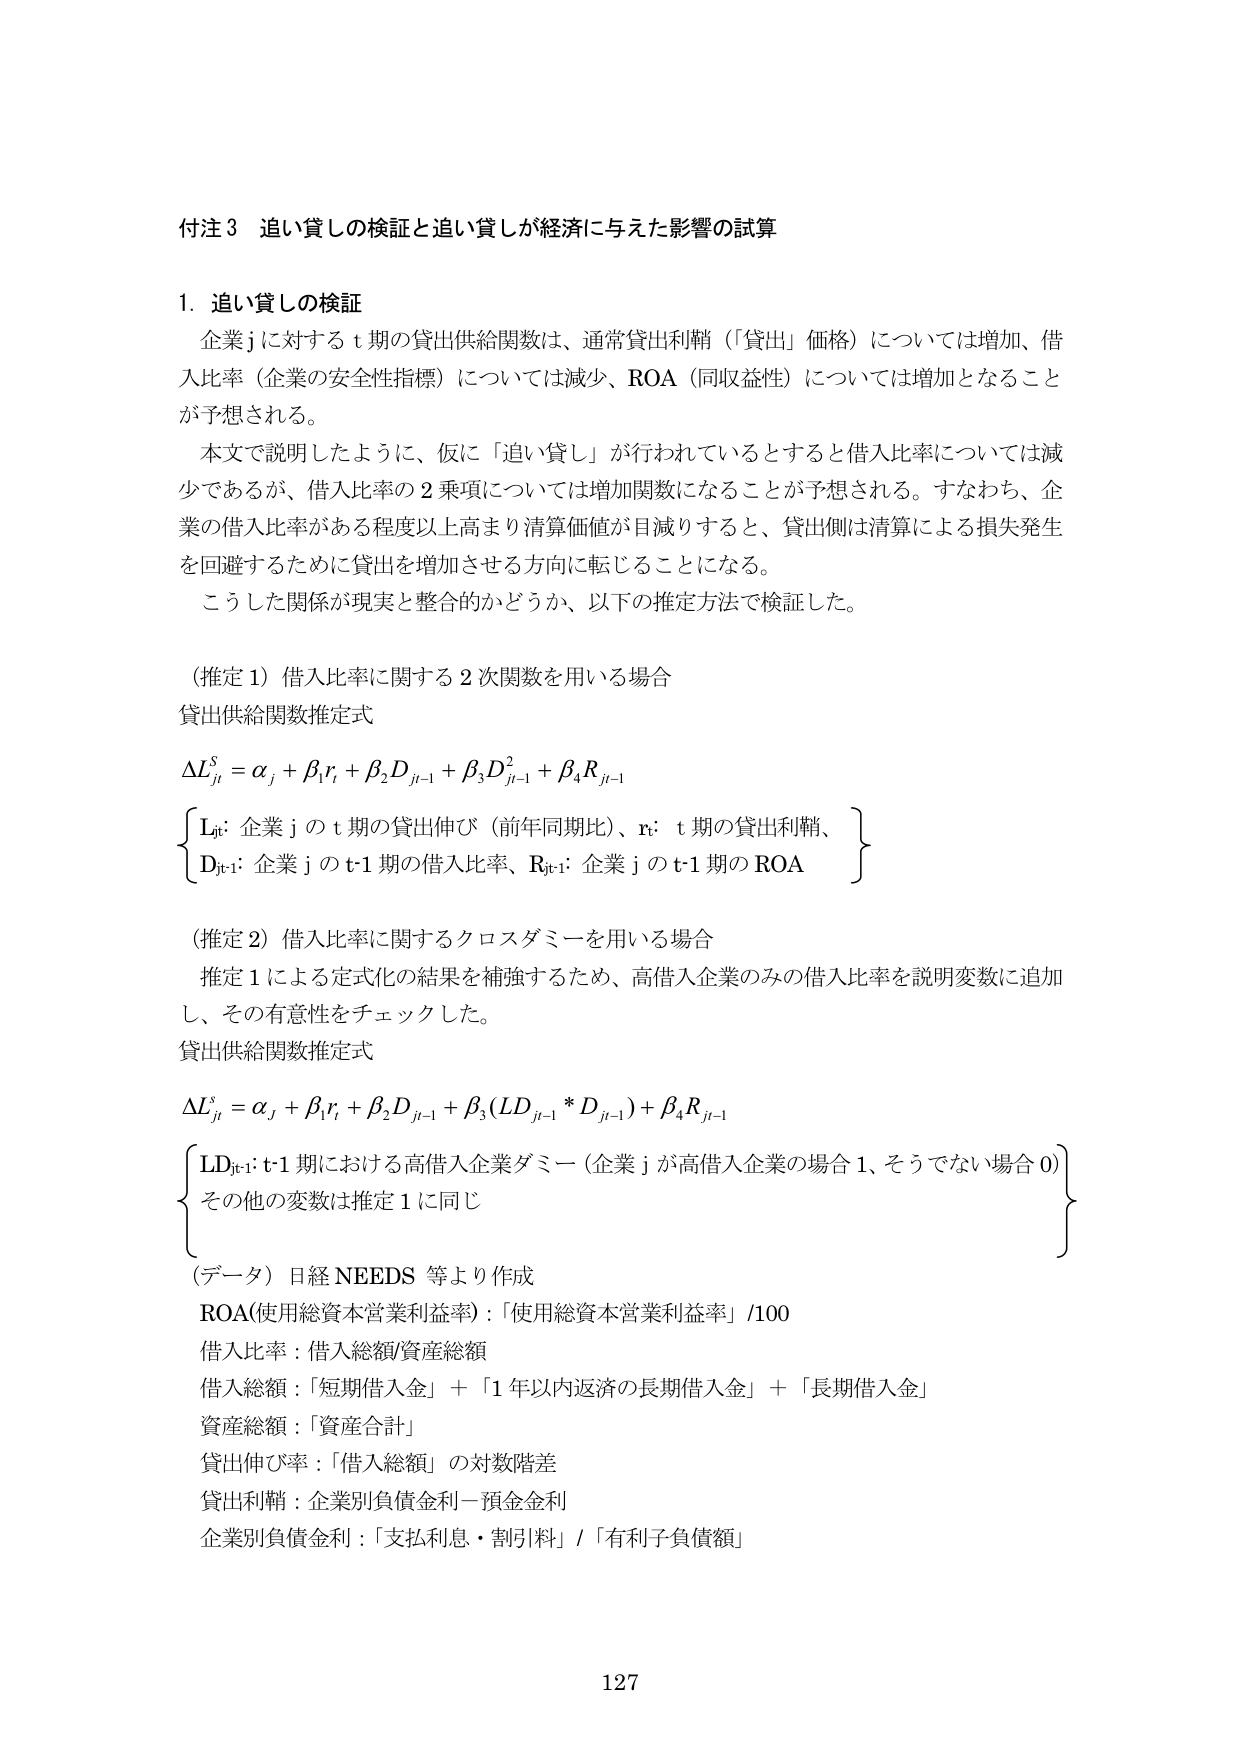
付注３ 追い貸しの検証と追い貸しが経済に与えた影響の試算

１．追い貸しの検証
企業ｊに対するｔ期の貸出供給関数は、通常貸出利鞘（「貸出」価格）については増加、借入比率（企業の安全性指標）については減少、ROA（同収益性）については増加となることが予想される。
本文で説明したように、仮に「追い貸し」が行われているとすると借入比率については減少であるが、借入比率の２乗項については増加関数になることが予想される。すなわち、企業の借入比率がある程度以上高まり清算価値が目減りすると、貸出側は清算による損失発生を回避するために貸出を増加させる方向に転じることになる。
こうした関係が現実と整合的かどうか、以下の推定方法で検証した。

（推定１）借入比率に関する２次関数を用いる場合
貸出供給関数推定式
ΔＬｊｔｓ＝αｊ＋β１ｒｔ＋β２Ｄｊｔ－１＋β３Ｄｊｔ－１２＋β４Ｒｊｔ－１
｛Ｌｊｔ：企業ｊのｔ期の貸出伸び（前年同期比）、ｒｔ：ｔ期の貸出利鞘、
Ｄｊｔ－１：企業ｊのｔ－１期の借入比率、Ｒｊｔ－１：企業ｊのｔ－１期のＲＯＡ｝

（推定２）借入比率に関するクロスダミーを用いる場合
推定１による定式化の結果を補強するため、高借入企業のみの借入比率を説明変数に追加し、その有意性をチェックした。
貸出供給関数推定式
ΔＬｊｔｓ＝αｊ＋β１ｒｔ＋β２Ｄｊｔ－１＋β３（ＬＤｊｔ－１＊Ｄｊｔ－１）＋β４Ｒｊｔ－１
｛ＬＤｊｔ－１：ｔ－１期における高借入企業ダミー（企業ｊが高借入企業の場合１、そうでない場合０）
その他の変数は推定１に同じ｝

（データ）日経ＮＥＥＤＳ等より作成
ＲＯＡ（使用総資本営業利益率）：「使用総資本営業利益率」／１００
借入比率：借入総額／資産総額
借入総額：「短期借入金」＋「１年以内返済の長期借入金」＋「長期借入金」
資産総額：「資産合計」
貸出伸び率：「借入総額」の対数階差
貸出利鞘：企業別負債金利－預金金利
企業別負債金利：「支払利息・割引料」／「有利子負債額」

127